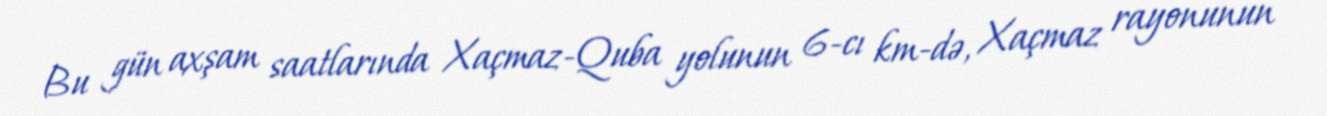
Bu gün axşam saatlarında Xaçmaz-Quba yolunun 6-cı km-də, Xaçmaz rayonunun